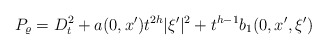
\begin{align*}P_{\varrho}=D_t^2+a(0,x')t^{2h}|\xi'|^2+t^{h-1}b_1(0,x',\xi')\end{align*}